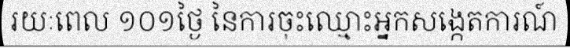
រយៈពេល ១០១ថ្ងៃ នៃការចុះឈ្មោះអ្នកសង្កេតការណ៍